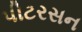
પીટરસન